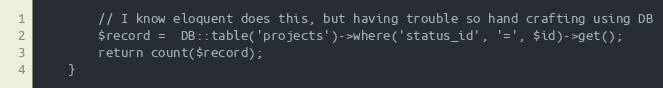
Language: PHP
        // I know eloquent does this, but having trouble so hand crafting using DB
        $record =  DB::table('projects')->where('status_id', '=', $id)->get();
        return count($record);
    }